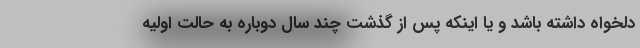
دلخواه داشته باشد و یا اینکه پس از گذشت چند سال دوباره به حالت اولیه